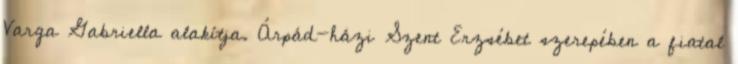
Varga Gabriella alakítja. Árpád-házi Szent Erzsébet szerepében a fiatal